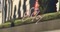
ઈવન